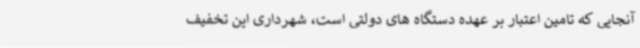
آنجایی که تامین اعتبار بر عهده دستگاه های دولتی است، شهرداری این تخفیف